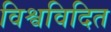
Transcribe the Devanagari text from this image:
विश्वविदित